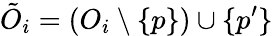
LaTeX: \tilde{O}_{i}=(O_{i}\setminus\{ p\} )\cup\{ p^{\prime}\}